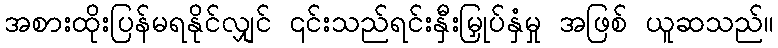
အစားထိုးပြန်မရနိုင်လျှင် ၎င်းသည်ရင်းနှီးမြှုပ်နှံမှု အဖြစ် ယူဆသည်။